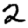
Digit: 2